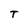
Character: T